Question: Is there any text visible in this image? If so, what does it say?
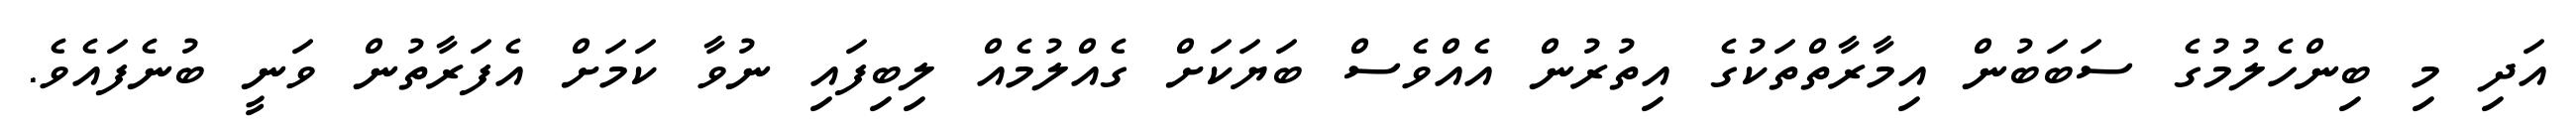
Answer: އަދި މި ބިންހެލުމުގެ ސަބަބުން އިމާރާތްތަކުގެ އިތުރުން އެއްވެސް ބަޔަކަށް ގެއްލުމެއް ލިބިފައި ނުވާ ކަމަށް އެފަރާތުން ވަނީ ބުނެފައެވެ.